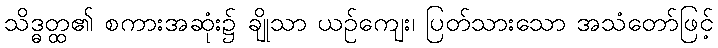
သိဒ္ဓတ္ထ၏ စကားအဆုံး၌ ချိုသာ ယဉ်ကျေး၊ ပြတ်သားသော အသံတော်ဖြင့်